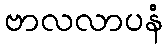
ဗာလလာပနံ